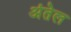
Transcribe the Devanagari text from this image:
अंतेल